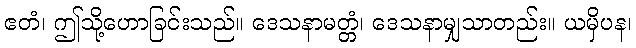
ဧတံ၊ ဤသို့ဟောခြင်းသည်။ ဒေသနာမတ္တံ၊ ဒေသနာမျှသာတည်း။ ယမှိပန၊